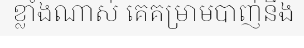
ខ្លាំងណាស់ គេគម្រាមបាញ់នឹង